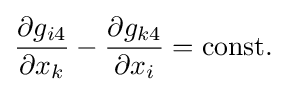
{\frac {\partial g_{i4}}{\partial x_{k}}}-{\frac {\partial g_{k4}}{\partial x_{i}}}={\text{const.}}